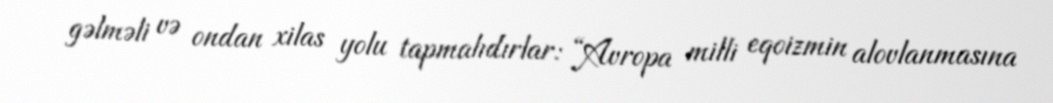
gəlməli və ondan xilas yolu tapmalıdırlar: “Avropa milli eqoizmin alovlanmasına